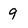
Character: g